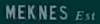
MEKNES Ext